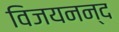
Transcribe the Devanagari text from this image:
विजयनन्द